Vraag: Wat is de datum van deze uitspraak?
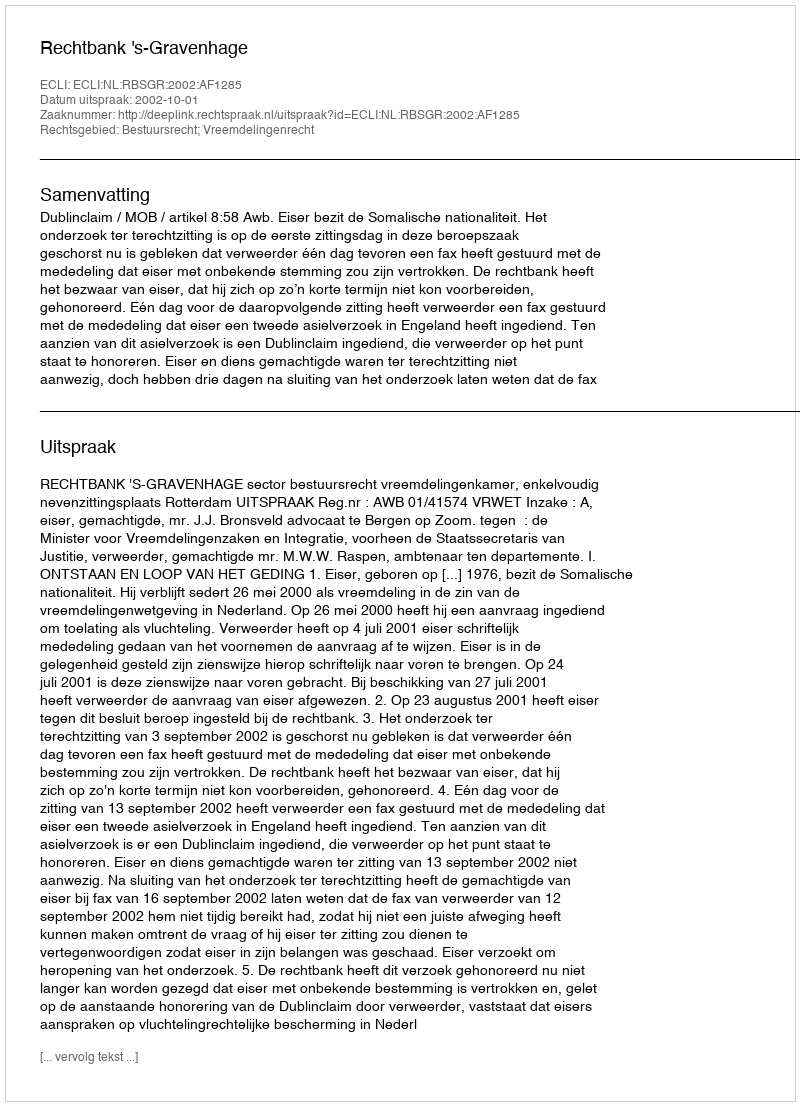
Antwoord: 2002-10-01